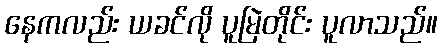
နေကလည်း ယခင်လို ပူမြဲတိုင်း ပူလာသည်။